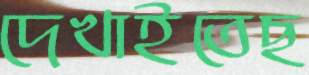
দেখাইতেছ